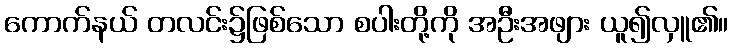
ကောက်နယ် တလင်း၌ဖြစ်သော စပါးတို့ကို အဦးအဖျား ယူ၍လှူ၏။